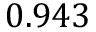
0 . 9 4 3